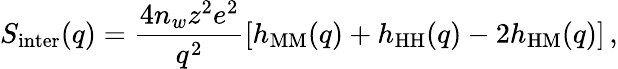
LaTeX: S_{\mathrm{inter}}(q)=\frac{4n_{w}z^{2}e^{2}}{q^{2}}\left[h_{\mathrm{MM}}(q)+h_{\mathrm{HH}}(q)-2h_{\mathrm{HM}}(q)\right]\, ,